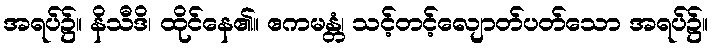
အရပ်၌။ နိသီဒိ၊ ထိုင်နေ၏။ ဧကမန္တံ၊ သင့်တင့်လျောတ်ပတ်သော အရပ်၌။